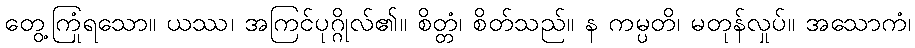
တွေ့ကြုံရသော။ ယဿ၊ အကြင်ပုဂ္ဂိုလ်၏။ စိတ္တံ၊ စိတ်သည်။ န ကမ္ပတိ၊ မတုန်လှုပ်။ အသောကံ၊